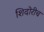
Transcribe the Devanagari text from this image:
शिदोरीच